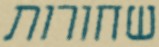
שחורות